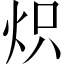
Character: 炽